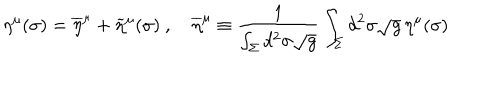
LaTeX: \eta ^ { \mu } ( \sigma ) = \overline { { \eta } } ^ { \mu } + \widetilde \eta ^ { \mu } ( \sigma ) \ , \quad \overline { { \eta } } ^ { \mu } \equiv { \frac { 1 } { \int _ { \Sigma } d ^ { 2 } \sigma \sqrt g } } \int _ { \Sigma } d ^ { 2 } \sigma \sqrt g \, \eta ^ { \mu } ( \sigma )